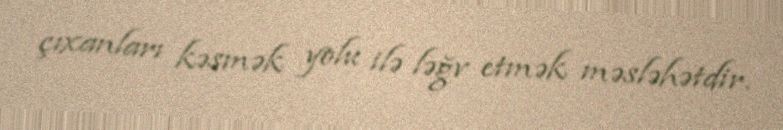
çıxanları kəsmək yolu ilə ləğv etmək məsləhətdir.